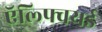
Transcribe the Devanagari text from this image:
ऍल्फ्वियर्ड